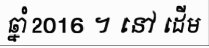
ឆ្នាំ 2016 ។ នៅ ដើម